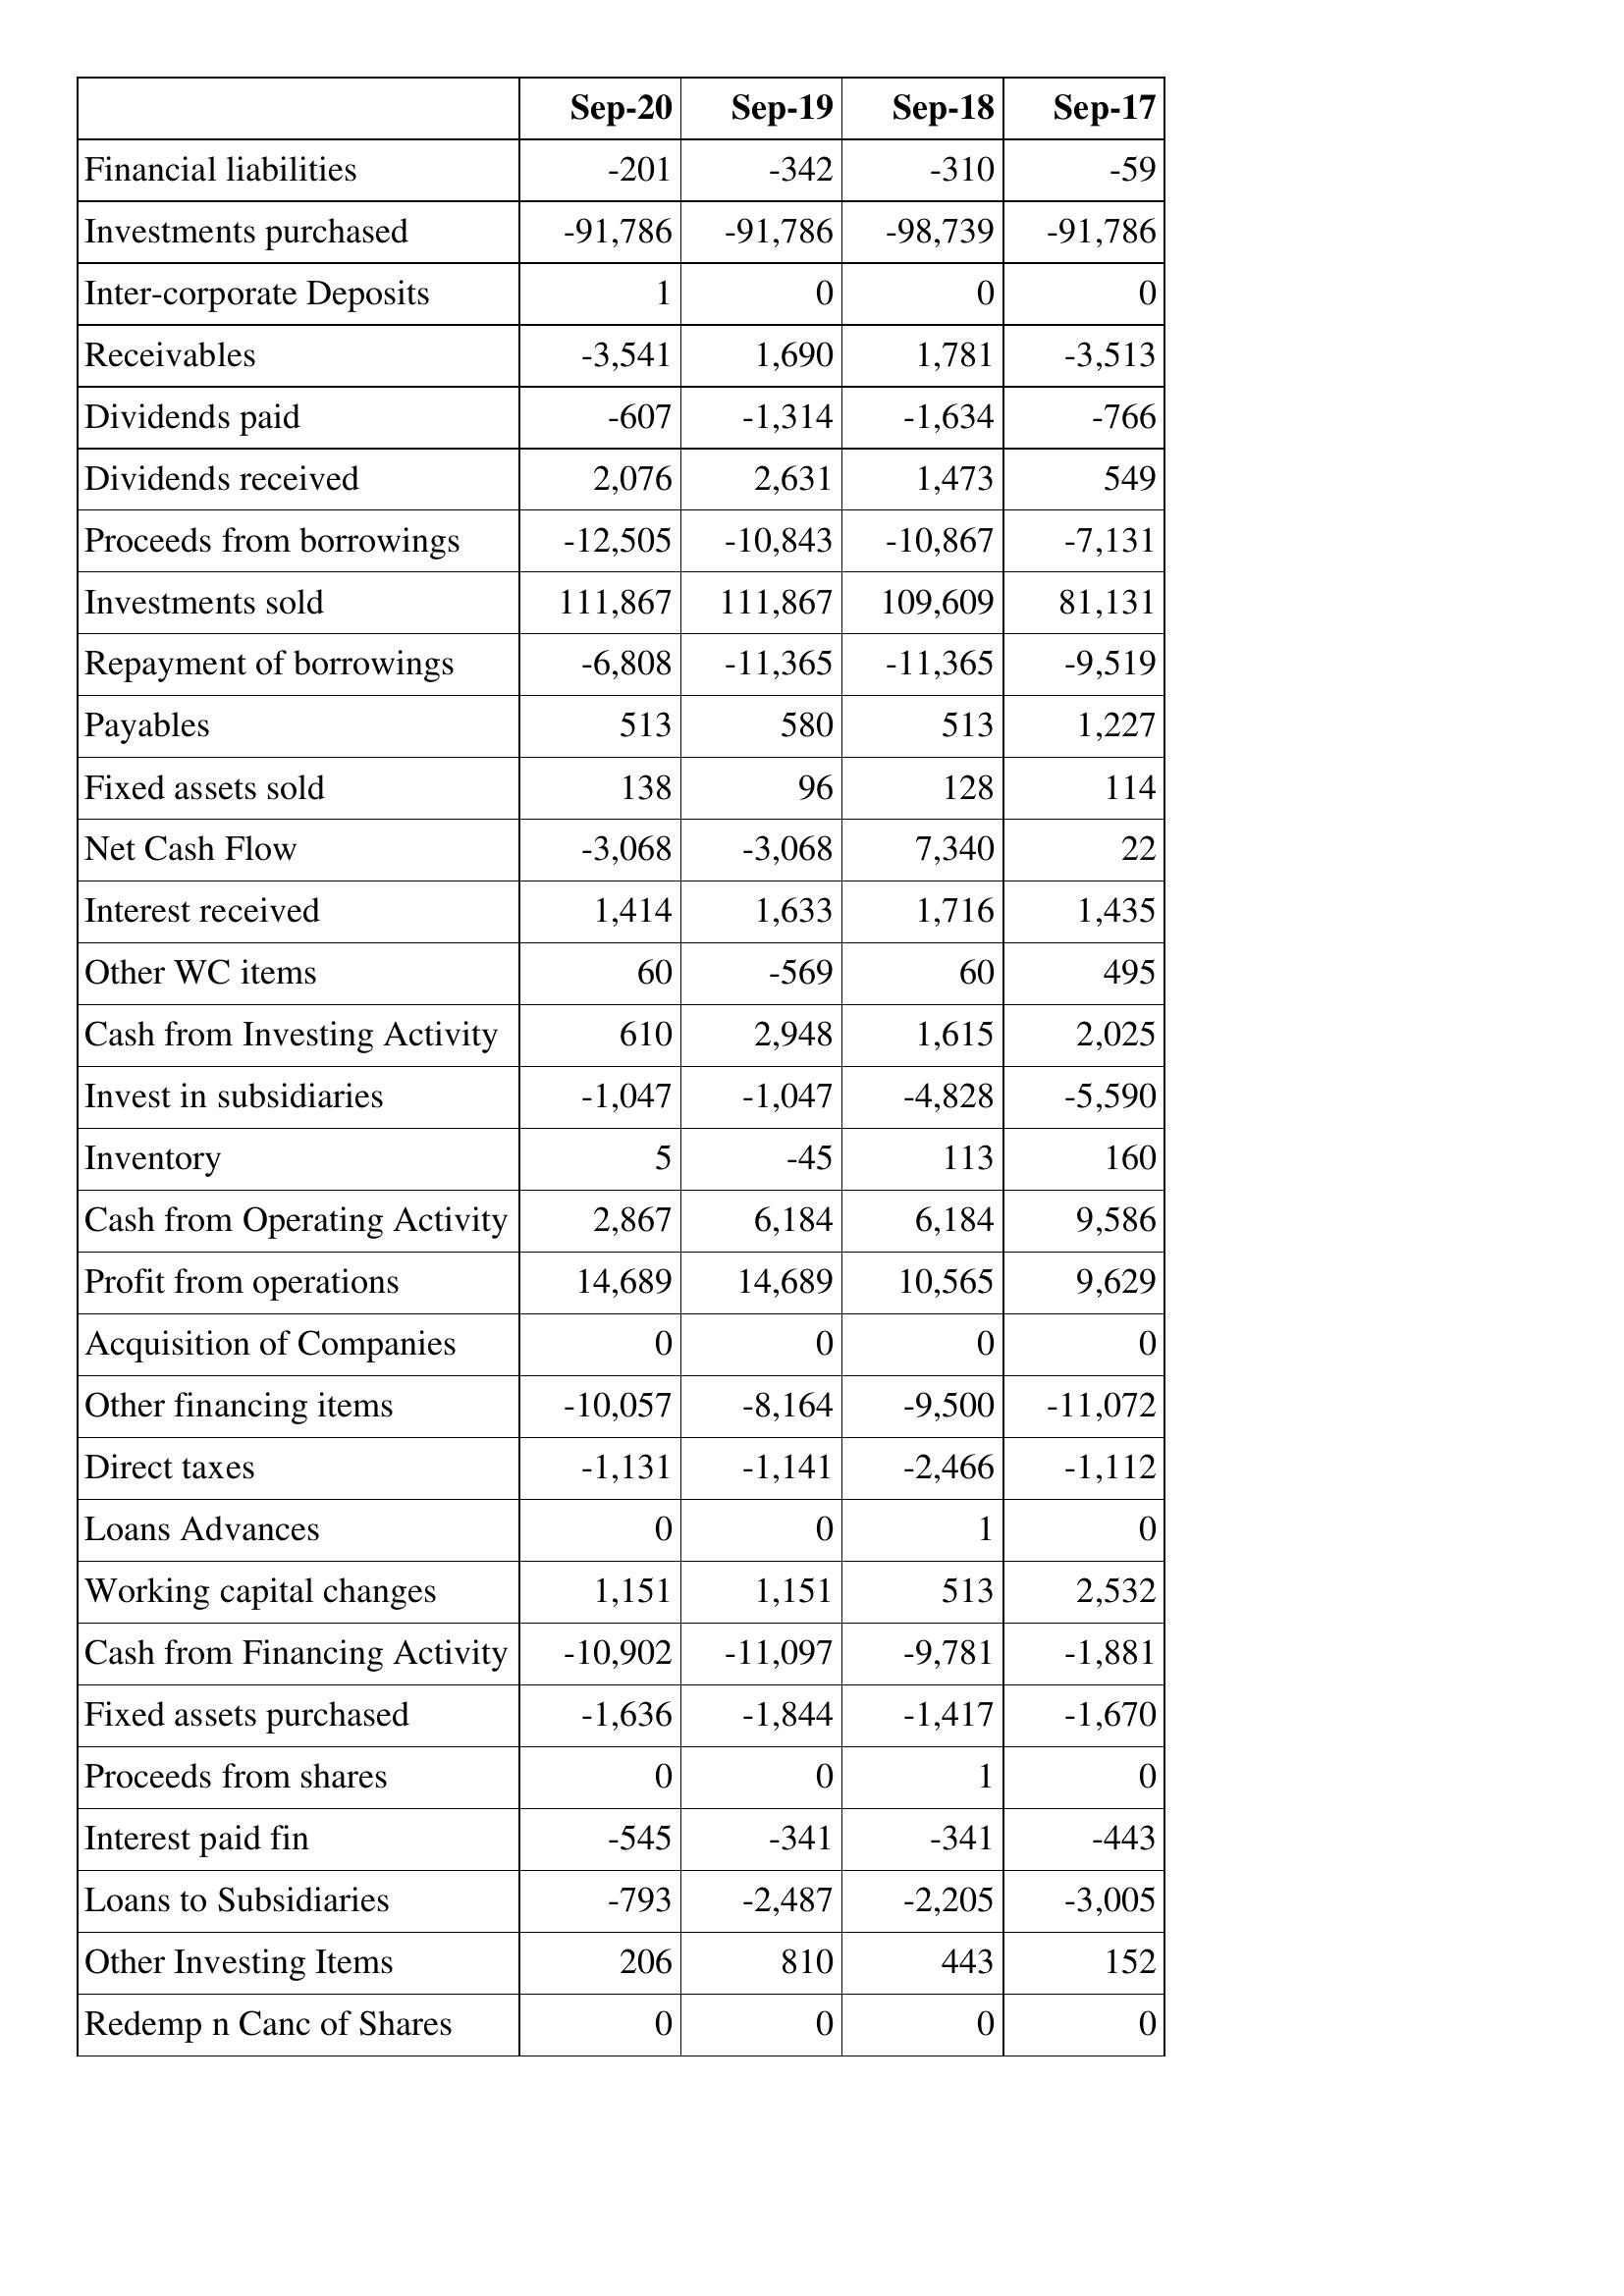
Sep-20: Cash Flows: Financial liabilities: -201
Investments purchased: -91,786
Inter-corporate Deposits: 1
Receivables: -3,541
Dividends paid: -607
Dividends received: 2,076
Proceeds from borrowings: -12,505
Investments sold: 111,867
Repayment of borrowings: -6,808
Payables: 513
Fixed assets sold: 138
Net Cash Flow: -3,068
Interest received: 1,414
Other WC items: 60
Cash from Investing Activity: 610
Invest in subsidiaries: -1,047
Inventory: 5
Cash from Operating Activity: 2,867
Profit from operations: 14,689
Acquisition of Companies: 0
Other financing items: -10,057
Direct taxes: -1,131
Loans Advances: 0
Working capital changes: 1,151
Cash from Financing Activity: -10,902
Fixed assets purchased: -1,636
Proceeds from shares: 0
Interest paid fin: -545
Loans to Subsidiaries: -793
Other Investing Items: 206
Redemp n Canc of Shares: 0
Sep-19: Cash Flows: Financial liabilities: -342
Investments purchased: -91,786
Inter-corporate Deposits: 0
Receivables: 1,690
Dividends paid: -1,314
Dividends received: 2,631
Proceeds from borrowings: -10,843
Investments sold: 111,867
Repayment of borrowings: -11,365
Payables: 580
Fixed assets sold: 96
Net Cash Flow: -3,068
Interest received: 1,633
Other WC items: -569
Cash from Investing Activity: 2,948
Invest in subsidiaries: -1,047
Inventory: -45
Cash from Operating Activity: 6,184
Profit from operations: 14,689
Acquisition of Companies: 0
Other financing items: -8,164
Direct taxes: -1,141
Loans Advances: 0
Working capital changes: 1,151
Cash from Financing Activity: -11,097
Fixed assets purchased: -1,844
Proceeds from shares: 0
Interest paid fin: -341
Loans to Subsidiaries: -2,487
Other Investing Items: 810
Redemp n Canc of Shares: 0
Sep-18: Cash Flows: Financial liabilities: -310
Investments purchased: -98,739
Inter-corporate Deposits: 0
Receivables: 1,781
Dividends paid: -1,634
Dividends received: 1,473
Proceeds from borrowings: -10,867
Investments sold: 109,609
Repayment of borrowings: -11,365
Payables: 513
Fixed assets sold: 128
Net Cash Flow: 7,340
Interest received: 1,716
Other WC items: 60
Cash from Investing Activity: 1,615
Invest in subsidiaries: -4,828
Inventory: 113
Cash from Operating Activity: 6,184
Profit from operations: 10,565
Acquisition of Companies: 0
Other financing items: -9,500
Direct taxes: -2,466
Loans Advances: 1
Working capital changes: 513
Cash from Financing Activity: -9,781
Fixed assets purchased: -1,417
Proceeds from shares: 1
Interest paid fin: -341
Loans to Subsidiaries: -2,205
Other Investing Items: 443
Redemp n Canc of Shares: 0
Sep-17: Cash Flows: Financial liabilities: -59
Investments purchased: -91,786
Inter-corporate Deposits: 0
Receivables: -3,513
Dividends paid: -766
Dividends received: 549
Proceeds from borrowings: -7,131
Investments sold: 81,131
Repayment of borrowings: -9,519
Payables: 1,227
Fixed assets sold: 114
Net Cash Flow: 22
Interest received: 1,435
Other WC items: 495
Cash from Investing Activity: 2,025
Invest in subsidiaries: -5,590
Inventory: 160
Cash from Operating Activity: 9,586
Profit from operations: 9,629
Acquisition of Companies: 0
Other financing items: -11,072
Direct taxes: -1,112
Loans Advances: 0
Working capital changes: 2,532
Cash from Financing Activity: -1,881
Fixed assets purchased: -1,670
Proceeds from shares: 0
Interest paid fin: -443
Loans to Subsidiaries: -3,005
Other Investing Items: 152
Redemp n Canc of Shares: 0